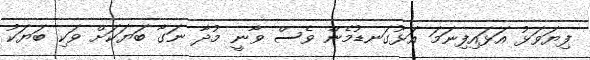
ފިޔަވަޅު އަޅައިފިނަމަ އަޅުގަނޑުމެން ވެސް ވާނީ މުދާ ނަގާ ބަޔަކަށް ވަކި ބަޔަކު